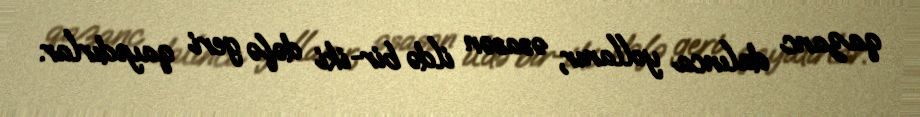
qazanc dalınca yollanır, əsasən ildə bir-iki dəfə geri qayıdırlar.